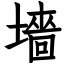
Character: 墻